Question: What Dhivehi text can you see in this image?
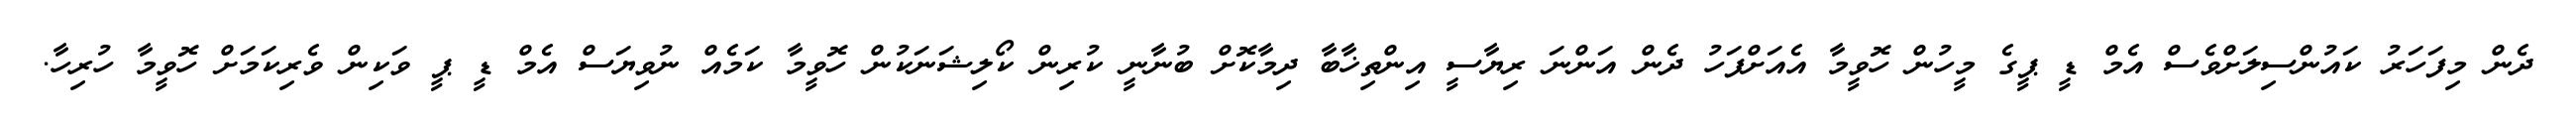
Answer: ދެން މިފަހަރު ކައުންސިލަށްވެސް އެމް ޑީ ޕީގެ މީހުން ހޮވީމާ އެއަށްފަހު ދެން އަންނަ ރިޔާސީ އިންތިޚާބާ ދިމާކޮށް ބުނާނީ ކުރިން ކޯލިޝަނަކުން ހޮވީމާ ކަމެއް ނުވިޔަސް އެމް ޑީ ޕީ ވަކިން ވެރިކަމަށް ހޮވީމާ ހުރިހާ.